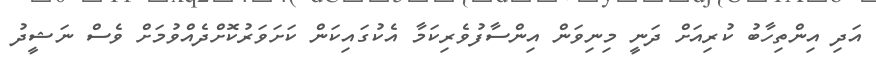
އަދި އިންތިހާބު ކުރިއަށް ދަނީ މިނިވަން އިންސާފުވެރިކަމާ އެކުގައިކަން ކަށަވަރުކޮށްދެއްވުމަށް ވެސް ނަޝީދު